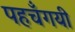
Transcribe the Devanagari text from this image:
पहचँगयी